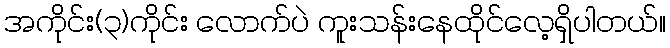
အကိုင်း(၃)ကိုင်း လောက်ပဲ ကူးသန်းနေထိုင်လေ့ရှိပါတယ်။